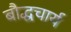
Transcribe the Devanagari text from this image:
बौद्धचार्य